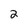
Character: 2